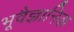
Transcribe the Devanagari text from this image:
भूवैज्ञानिक